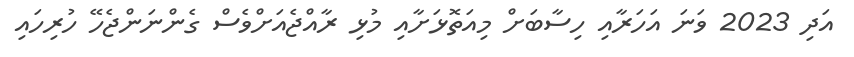
އަދި 2023 ވަނަ އަހަރާއި ހިސާބަށް މިއަތޮޅަށާއި މުޅި ރާއްޖެއަށްވެސް ގެންނަންޖެހޭ ހުރިހައި